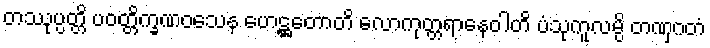
တဿုပ္ပတ္တိ ပဝတ္တိက္ခဏဝသေန ဟေဋ္ဌတောတိ လောကုတ္တရာနေဝါတိ ပံသုကူလမ္ပိ တဏှဂတံ